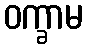
ဝက္ခာမ